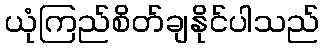
ယုံကြည်စိတ်ချနိုင်ပါသည်